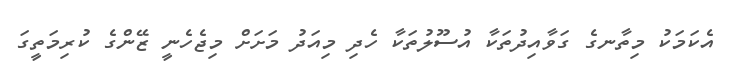
އެކަމަކު މިތާނގެ ގަވާއިދުތަކާ އުސޫލުތަކާ ހެދި މިއަދު މަށަށް މިޖެހެނީ ޒޭންގެ ކުރިމަތީގަ